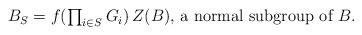
LaTeX: \begin{align*}\begin{minipage}[c]{35pc}$B_S=f(\prod_{i\in S}G_i)\,Z(B),$ a normal subgroup of $B.$\end{minipage}\end{align*}